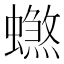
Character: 𰳠